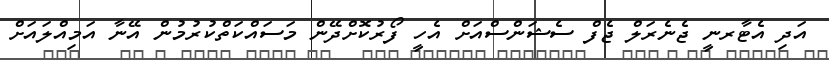
އަދި އެޓާރނީ ޖެނެރަލް ޖެފް ސެޝަންސްއަށް އެހީ ފޯރުކޮށްދޭން މަސައްކަތްކުރުމުން އޭނާ އަމިއްލައަށް